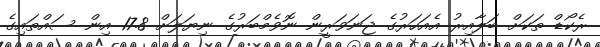
ރެކޯޑް ތަކަށް ބަލާއިރު އެއަހަރުގެ ޖަނަވަރީން ނޮވެމްބަރުގެ ނިޔަލަށް 17.8 އިން ސައްތައިގެ